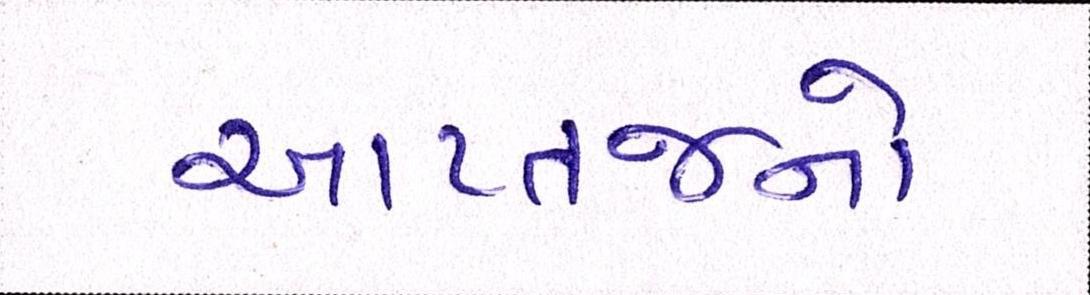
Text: આપ્તજનો